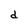
Character: d